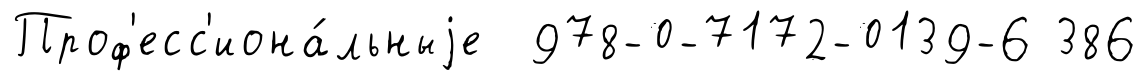
Проф'есс'иона́льныjе 978-0-7172-0139-6 386